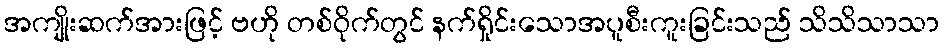
အကျိုးဆက်အားဖြင့် ဗဟို တစ်ဝိုက်တွင် နက်ရှိုင်းသောအပူစီးကူးခြင်းသည် သိသိသာသာ